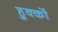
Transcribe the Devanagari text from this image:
हुक्‍कों